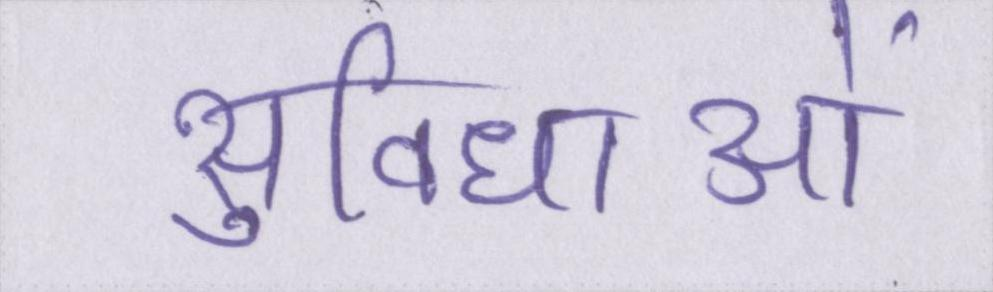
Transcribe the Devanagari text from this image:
सुविधाओं